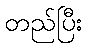
တည်ပြီး